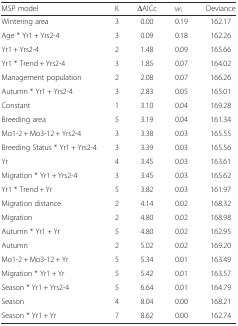
<table><thead><tr><td><b>MSP model</b></td><td><b>K</b></td><td><b>ΔAICc</b></td><td><b><i>w</i><sub>i</sub></b></td><td><b>Deviance</b></td></tr></thead><tbody><tr><td>Wintering area</td><td>3</td><td>0.00</td><td>0.19</td><td>162.17</td></tr><tr><td>Age * Yr1 + Yrs2-4</td><td>3</td><td>0.09</td><td>0.18</td><td>162.26</td></tr><tr><td>Yr1 + Yrs2-4</td><td>2</td><td>1.48</td><td>0.09</td><td>165.66</td></tr><tr><td>Yr1 * Trend + Yrs2-4</td><td>3</td><td>1.85</td><td>0.07</td><td>164.02</td></tr><tr><td>Management population</td><td>2</td><td>2.08</td><td>0.07</td><td>166.26</td></tr><tr><td>Autumn * Yr1 + Yrs2-4</td><td>3</td><td>2.83</td><td>0.05</td><td>165.01</td></tr><tr><td>Constant</td><td>1</td><td>3.10</td><td>0.04</td><td>169.28</td></tr><tr><td>Breeding area</td><td>5</td><td>3.19</td><td>0.04</td><td>161.34</td></tr><tr><td>Mo1-2 + Mo3-12 + Yrs2-4</td><td>3</td><td>3.38</td><td>0.03</td><td>165.55</td></tr><tr><td>Breeding Status * Yr1 + Yrs2-4</td><td>3</td><td>3.39</td><td>0.03</td><td>165.56</td></tr><tr><td>Yr</td><td>4</td><td>3.45</td><td>0.03</td><td>163.61</td></tr><tr><td>Migration * Yr1 + Yrs2-4</td><td>3</td><td>3.45</td><td>0.03</td><td>165.62</td></tr><tr><td>Yr1 * Trend + Yr</td><td>5</td><td>3.82</td><td>0.03</td><td>161.97</td></tr><tr><td>Migration distance</td><td>2</td><td>4.14</td><td>0.02</td><td>168.32</td></tr><tr><td>Migration</td><td>2</td><td>4.80</td><td>0.02</td><td>168.98</td></tr><tr><td>Autumn * Yr1 + Yr</td><td>5</td><td>4.80</td><td>0.02</td><td>162.95</td></tr><tr><td>Autumn</td><td>2</td><td>5.02</td><td>0.02</td><td>169.20</td></tr><tr><td>Mo1-2 + Mo3-12 + Yr</td><td>5</td><td>5.34</td><td>0.01</td><td>163.49</td></tr><tr><td>Migration * Yr1 + Yr</td><td>5</td><td>5.42</td><td>0.01</td><td>163.57</td></tr><tr><td>Season * Yr1 + Yrs2-4</td><td>5</td><td>6.64</td><td>0.01</td><td>164.79</td></tr><tr><td>Season</td><td>4</td><td>8.04</td><td>0.00</td><td>168.21</td></tr><tr><td>Season * Yr1 + Yr</td><td>7</td><td>8.62</td><td>0.00</td><td>162.74</td></tr></tbody></table>